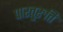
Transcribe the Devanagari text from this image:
पारत्तुरुत्ति